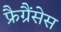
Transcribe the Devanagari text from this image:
फ्रैग्रैंसेस